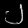
Digit: ၂